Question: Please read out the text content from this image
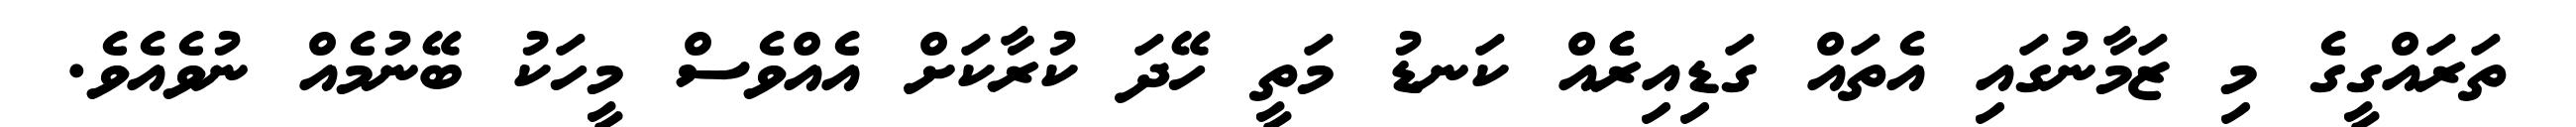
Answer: ތަރައްގީގެ މި ޒަމާނުގައި އެތައް ގަޑިއިރެެއް ކަނޑު މަތީ ހޭދަ ކުރާކަށް އެއްވެސް މީހަކު ބޭނުމެއް ނުވެއެވެ.